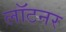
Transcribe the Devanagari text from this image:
लॉटनर